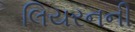
લિયરનની